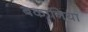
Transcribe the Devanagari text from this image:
बकानिया